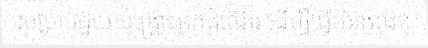
សម្រាប់ជួយសង្គ្រោះអ្នកដំណើរ ដើម្បីធ្វើយ៉ាងណា